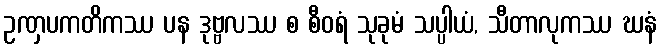
ဥဏှပကတိကဿ ပန ဒုဗ္ဗလဿ စ စီဝရံ သုခုမံ သပ္ပါယံ, သီတာလုကဿ ဃနံ